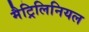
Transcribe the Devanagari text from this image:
मैट्रिलिनियल